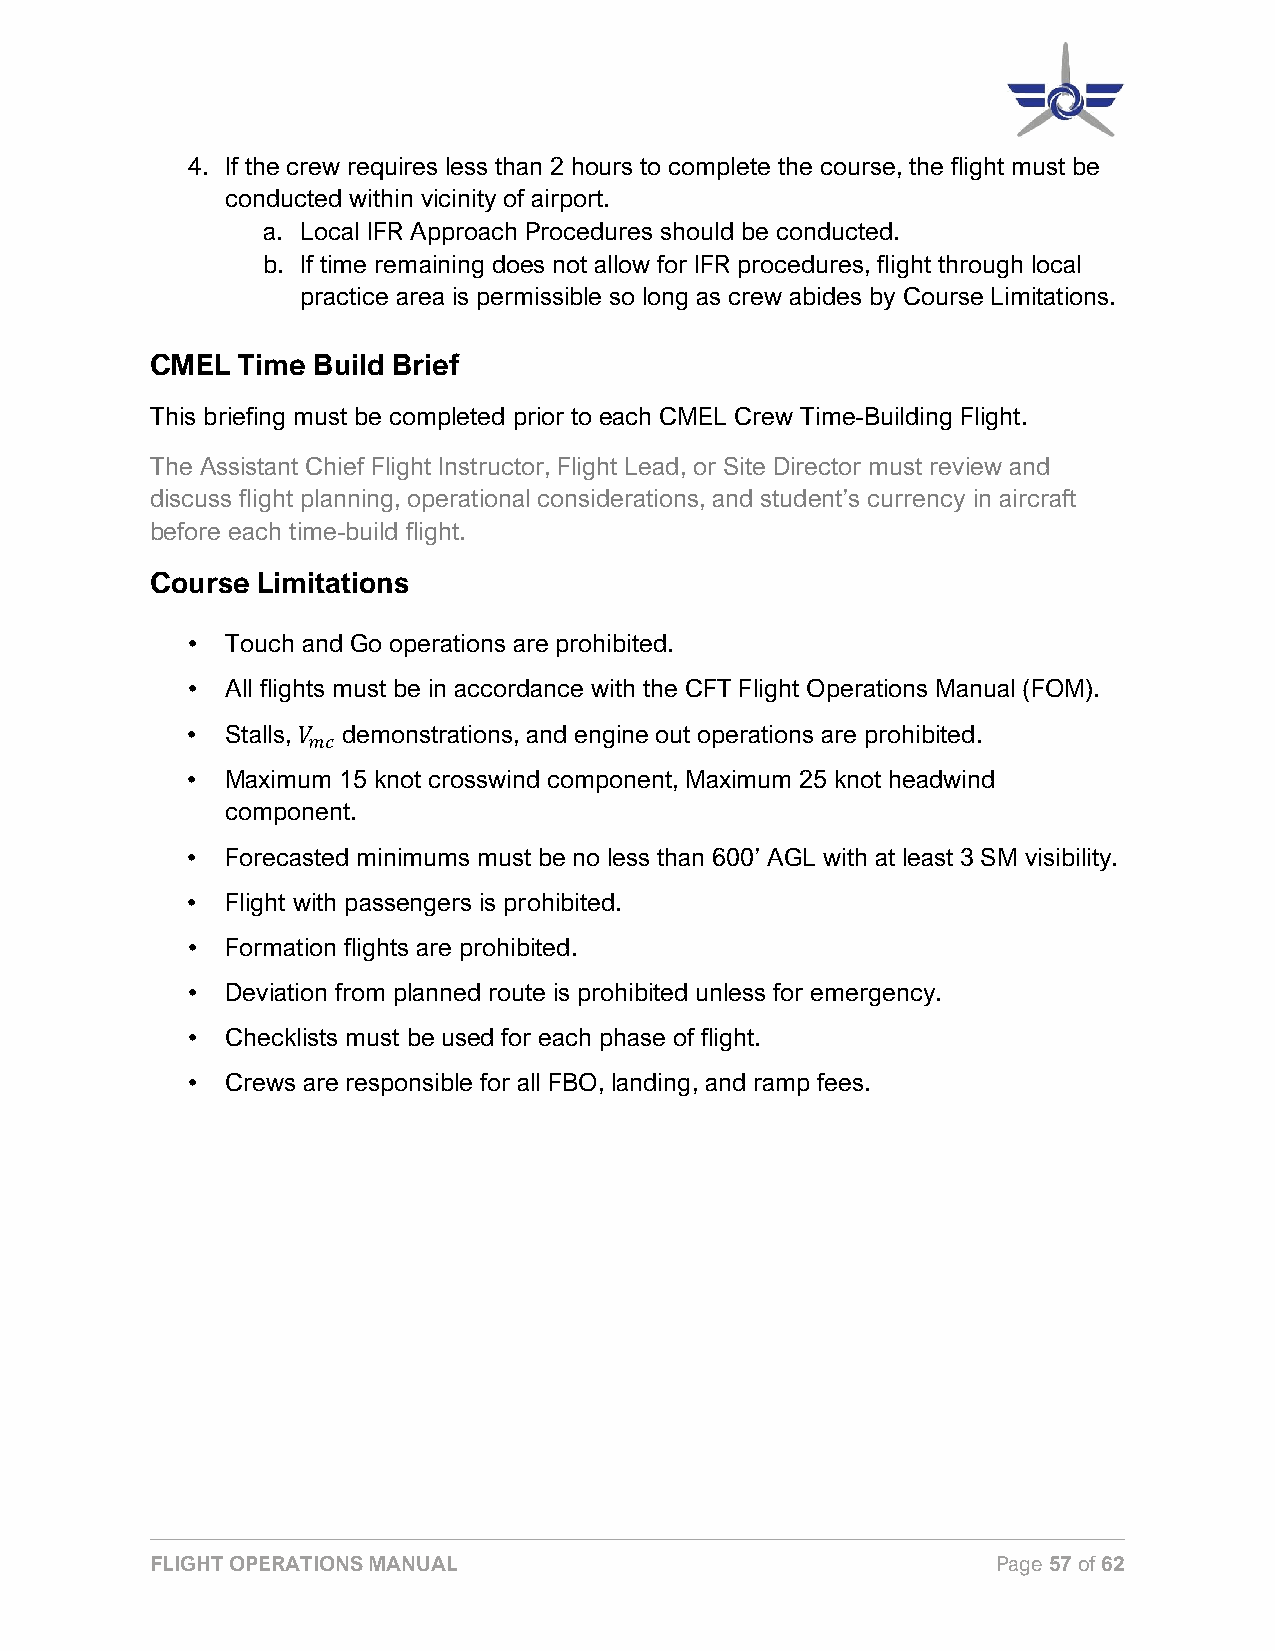
4. If the crew requires less than 2 hours to complete the course, the flight must be
 conducted within vicinity of airport.
 a. Local IFR Approach Procedures should be conducted.
 b. If time remaining does not allow for IFR procedures, flight through local
 practice area is permissible so long as crew abides by Course Limitations.
 CMEL  Time Build Brief
 This briefing must be completed prior to each CMEL Crew Time-Building Flight.
 The Assistant Chief Flight Instructor, Flight Lead, or Site Director must review and
 discuss flight planning, operational considerations, and student’s currency in aircraft
 before each time-build flight.
 Course Limitations
 •  Touch and Go operations are prohibited.
 •  All flights must be in accordance with the CFT Flight Operations Manual (FOM).
 •  Stalls, demonstrations, and engine out operations are prohibited.
 •  Maximu 𝑉𝑉𝑚𝑚m𝑚𝑚 15 knot crosswind component, Maximum 25 knot headwind
 component.
 •  Forecasted minimums must be no less than 600’ AGL with at least 3 SM visibility.
 •  Flight with passengers is prohibited.
 •  Formation flights are prohibited.
 •  Deviation from planned route is prohibited unless for emergency.
 •  Checklists must be used for each phase of flight.
 •  Crews are responsible for all FBO, landing, and ramp fees.
 FLIGHT OPERATIONS MANUAL                                Page 57 of 62